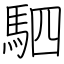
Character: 駟